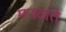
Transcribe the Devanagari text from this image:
मनवाते